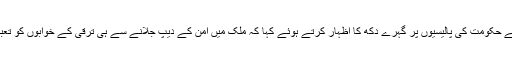
ناظم اعلیٰ نے حکومت کی پالیسیوں پر گہرے دکھ کا اظہار کرتے ہوئے کہا کہ ملک میں امن کے دیپ جلانے سے ہی ترقی کے خوابوں کو تعبیر ملے گی۔